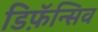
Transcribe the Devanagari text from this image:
डिफ़ॅन्सिव